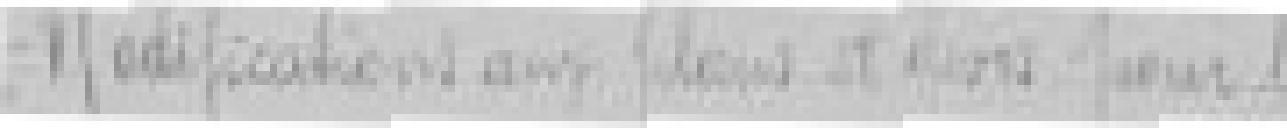
Modifications aux plans et devis pour la